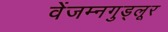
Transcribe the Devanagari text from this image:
वेंजम्नगुड्लूर